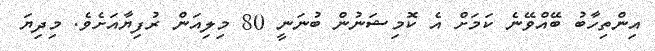
އިންތިހާބު ބޭއްވޭނެ ކަމަށް އެ ކޮމިޝަނުން ބުނަނީ 80 މިލިއަން ރުފިޔާއަށެވެ. މިދިޔަ